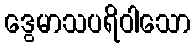
ဒွေမာသပရိဝါသော